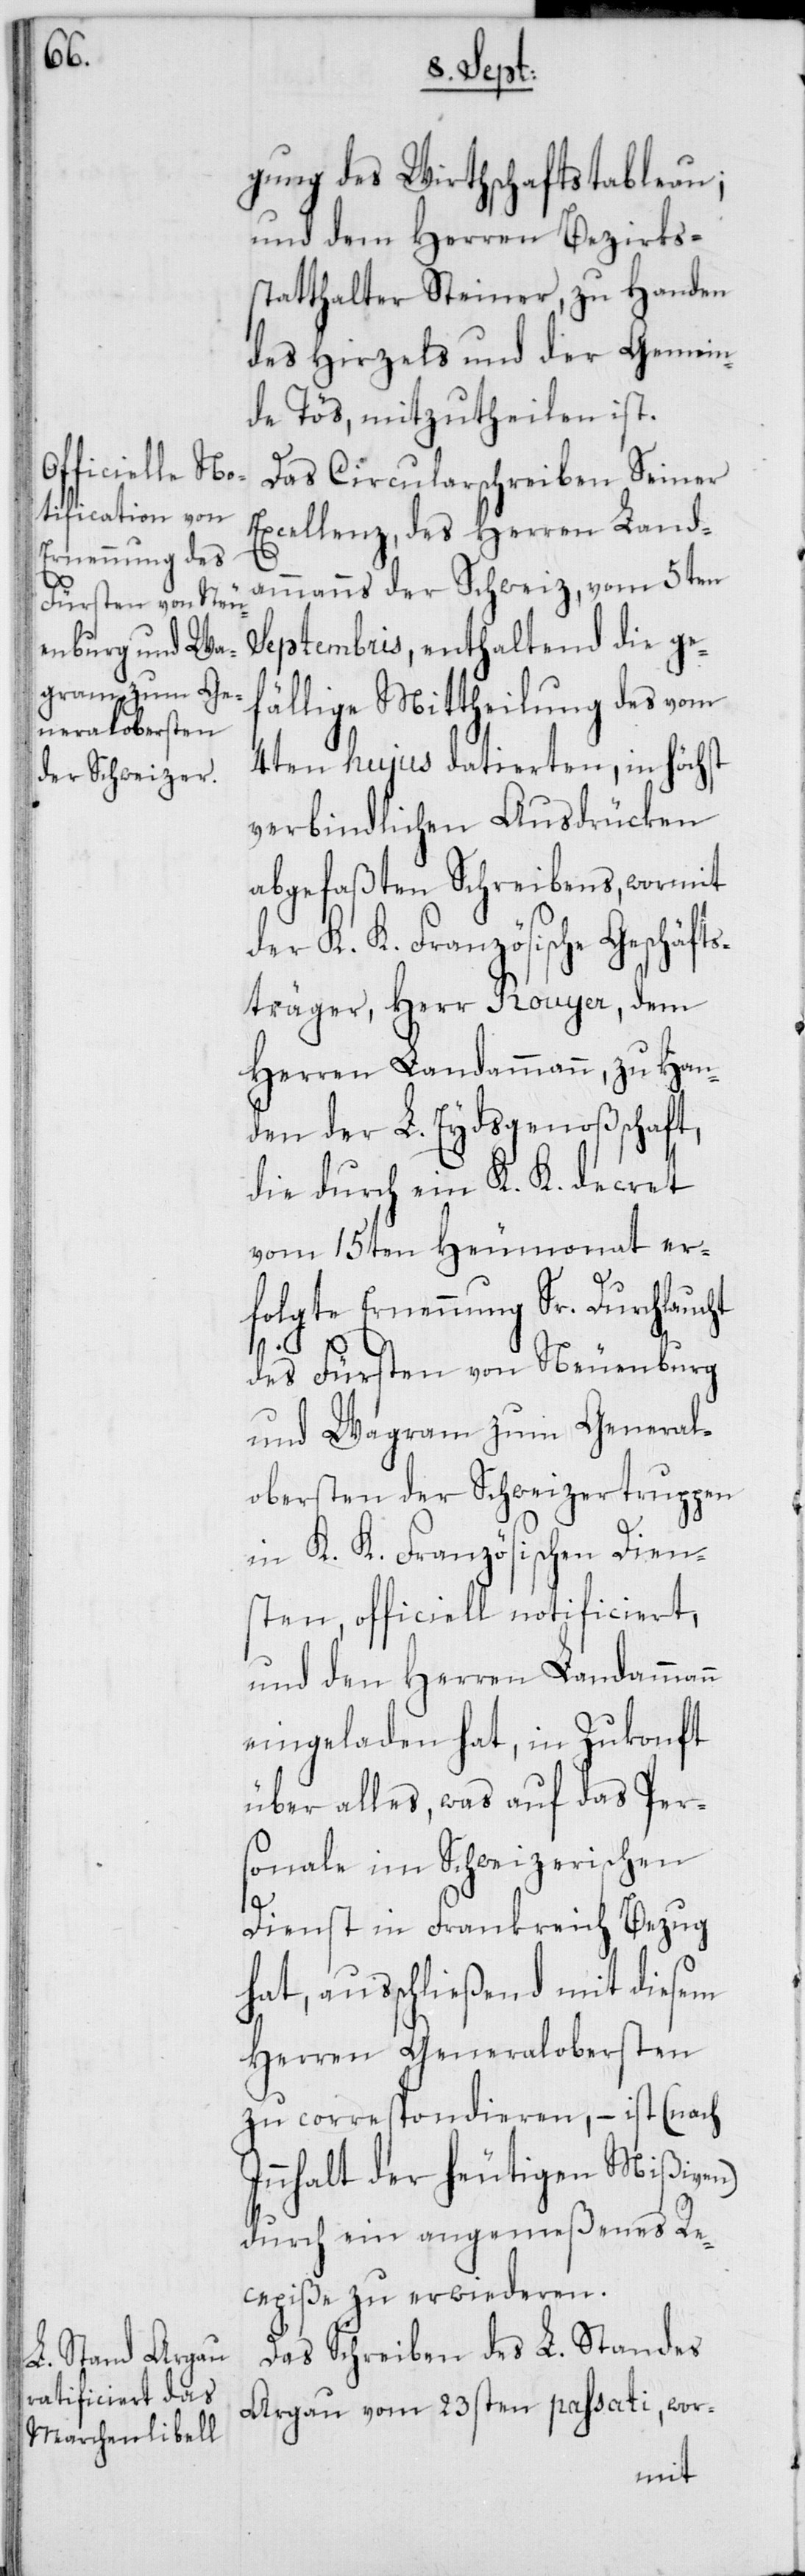
gung des Wirthschaftstableau;
und dem Herren Bezirks¬
statthalter Steiner, zu Handen
des Hirzels und der Gemein¬
de Tös, mitzutheilen ist.
Das Circularschreiben Seiner
Excellenz, des Herren Land¬
ammanns der Schweiz, vom 5ten
Septembris, enthaltend die gef¬
ällige Mittheilung des vom
4ten hujus datierten, in höch¬
verbindlichen Ausdrücken
abgefaßten Schreibens, wormit
der K. K. Französische Geschäf¬
tsträger, Herr Rouyer, dem
Herren Landammann, zu Han¬
den der L. Eydsgenoßschaft,
die durch ein K. K. Dekret
vom 15ten Heumonat er¬
folgte Ernennung Sr. Durchlaucht
des Fürsten von Neuenburg
und Wagram zum General¬
obersten der Schweizertruppen
in K. K. Französischen Dien¬
sten, officiell notificiert,
und den Herren Landammann
eingeladen hat, in Zukonft
über alles, was auf das Per¬
sonale im Schweizerischen
st
Dienst in Frankreich Bezug
hat, auschließend mit diesem
Herren Generalobersten
zu correspondieren, – ist (nach
Innhalt der heutigen Mißiven)
durch ein angemeßenes Re¬
cepiße zu erwiederen.
Das Schreiben des L. Standes
Aargau vom 23sten passati, wor-